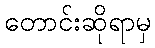
တောင်းဆိုရာမှ